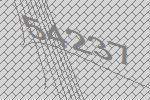
54237